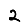
Digit: 2